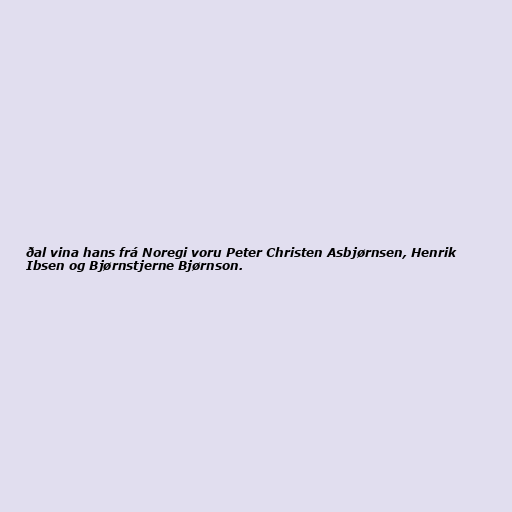
ðal vina hans frá Noregi voru Peter Christen Asbjørnsen, Henrik
Ibsen og Bjørnstjerne Bjørnson.